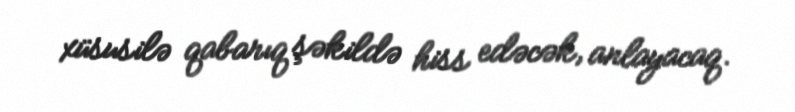
xüsusilə qabarıq şəkildə hiss edəcək, anlayacaq.